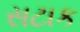
સટાક